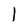
Character: l